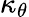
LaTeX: \kappa_{\theta}